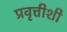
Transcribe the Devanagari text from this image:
प्रवृत्तीशी